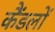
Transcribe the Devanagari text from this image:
कैंडलों